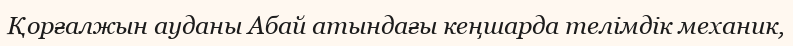
Қорғалжын ауданы Абай атындағы кеңшарда телімдік механик,